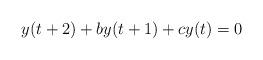
LaTeX: \begin{align*}y(t+2)+by(t+1)+cy(t)=0\end{align*}